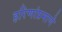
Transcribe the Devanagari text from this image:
हरिणांप्रमाणे